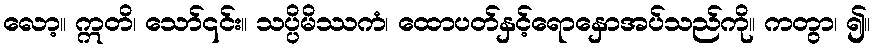
လော့။ ဣတိ၊ သော်၎င်း။ သပ္ပိမိဿကံ၊ ထောပတ်နှင့်ရောနှောအပ်သည်ကို။ ကတွာ၊ ၍။